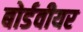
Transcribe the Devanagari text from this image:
बोर्डवीयर